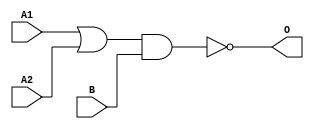
module JG12A(A1, A2, B, O);
input   A1;
input   A2;
input   B;
output  O;
or g0(w0, A1, A2);
nand g1(O, w0, B);
endmodule